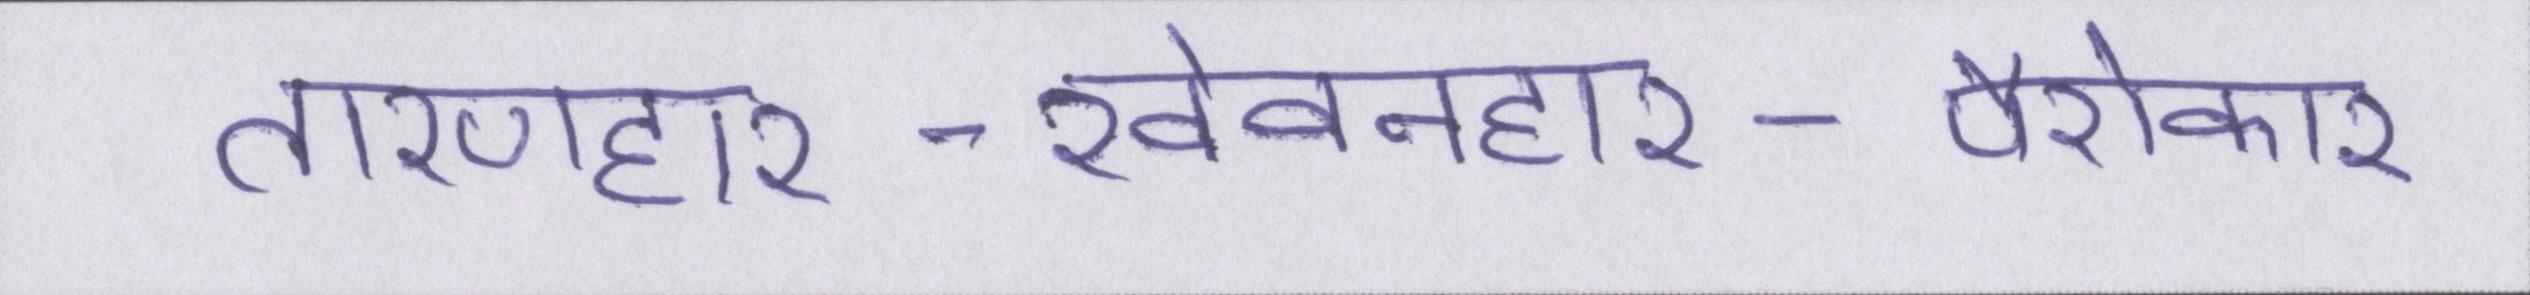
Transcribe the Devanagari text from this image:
तारणहार-खेवनहार-पैरोकार